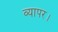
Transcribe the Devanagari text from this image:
व्यापर।